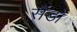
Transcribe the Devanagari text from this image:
सैंडों